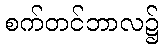
စက်တင်ဘာလ၌